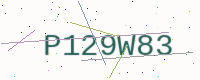
Text: P129W83